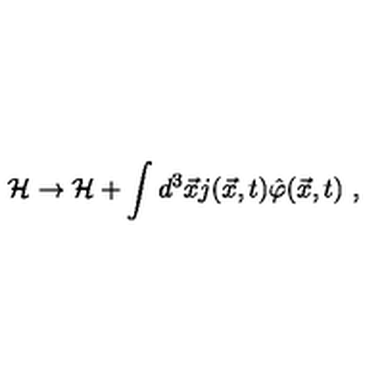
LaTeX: { \cal H } \rightarrow { \cal H } + \int d ^ { 3 } { \vec { x } } j ( { \vec { x } } , t ) { \hat { \varphi } } { ( \vec { x } } , t ) \ ,